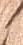
候